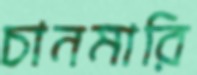
চানমারি